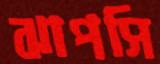
ঝাপসি